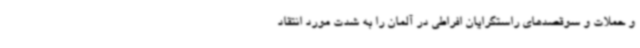
و حملات و سوقصدهای راستگرایان افراطی در آلمان را به شدت مورد انتقاد